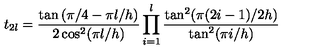
t _ { 2 l } = \frac { \tan \left( \pi / 4 - \pi l / h \right) } { 2 \cos ^ { 2 } ( \pi l / h ) } \prod _ { i = 1 } ^ { l } \frac { \tan ^ { 2 } ( \pi ( 2 i - 1 ) / 2 h ) } { \tan ^ { 2 } ( \pi i / h ) }